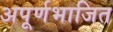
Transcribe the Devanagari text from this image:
अपूर्णभाजित